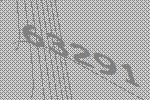
63291